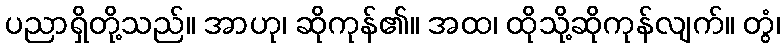
ပညာရှိတို့သည်။ အာဟု၊ ဆိုကုန်၏။ အထ၊ ထိုသို့ဆိုကုန်လျက်။ တွံ၊